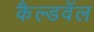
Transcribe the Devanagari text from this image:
कैल्डवॅल